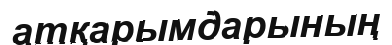
атқарымдарының